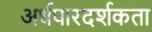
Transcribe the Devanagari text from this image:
अर्धपारदर्शकता